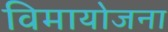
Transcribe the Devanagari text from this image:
विमायोजना